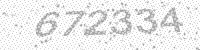
Solution: 672334